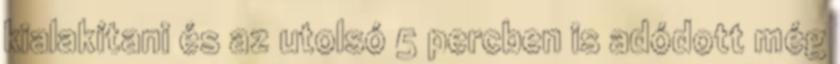
kialakítani és az utolsó 5 percben is adódott még